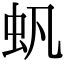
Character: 䖠